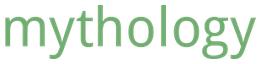
mythology